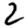
Digit: 2